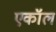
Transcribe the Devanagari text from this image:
एकॉल